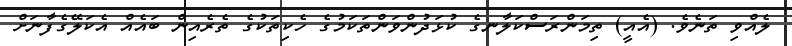
ލެއްވި ތަނެވެ. (އެއީ) ތިމަންރަސްކަލާނގެ ކުޅަދުންވަންތަކަމުގެ ހެކިތަކުގެ ތެރެއިން ބައެއް އެކަލޭގެފާނަށް